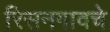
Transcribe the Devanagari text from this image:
रिसनगावचे